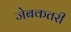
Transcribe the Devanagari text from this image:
जेबकतरी